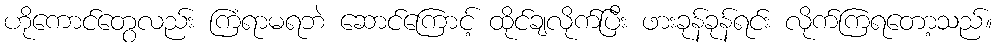
ဟိုကောင်တွေလည်း ကြံရာမရဘဲ ဆောင်ကြောင့် ထိုင်ချလိုက်ပြီး ဖားခုန်ခုန်ရင်း လိုက်ကြရတော့သည်။